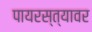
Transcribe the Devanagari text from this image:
पायरस्त्यावर